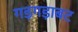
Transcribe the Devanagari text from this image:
गड़गड़ाबट